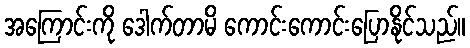
အကြောင်းကို ဒေါက်တာမိ ကောင်းကောင်းပြောနိုင်သည်။